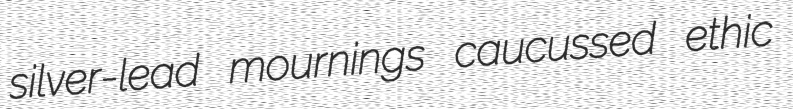
silver-lead mournings caucussed ethic